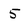
Character: 5